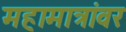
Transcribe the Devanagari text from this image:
महामात्रांवर